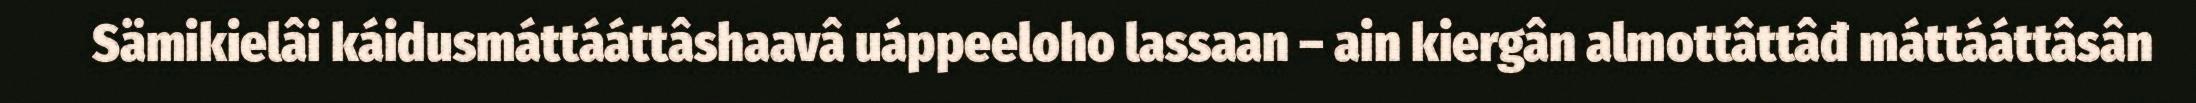
Sämikielâi káidusmáttááttâshaavâ uáppeeloho lassaan – ain kiergân almottâttâđ máttááttâsân